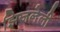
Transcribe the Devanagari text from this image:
झिजलेली